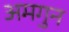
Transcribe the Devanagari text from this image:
अमगुन